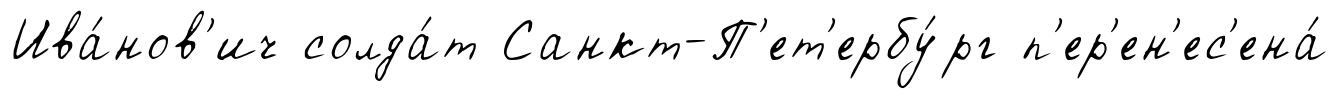
Ива́нов'ич солда́т Санкт-П'ет'ербу́рг п'ер'ен'ес'ена́